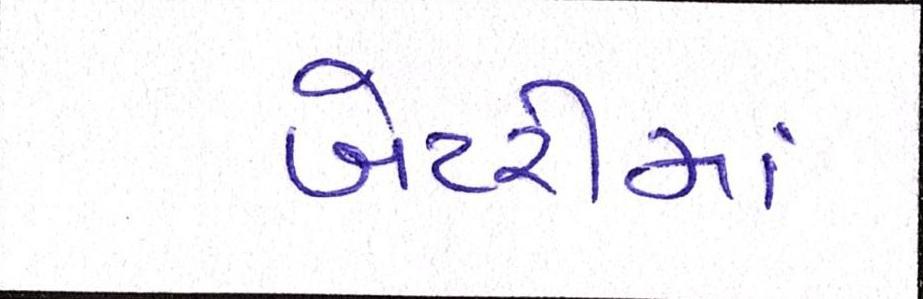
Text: બેટરીમાં